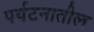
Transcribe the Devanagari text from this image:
पर्यटनातील